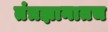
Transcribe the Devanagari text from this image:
तंत्रज्ञानातच